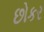
છોકર